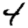
Digit: 4